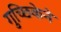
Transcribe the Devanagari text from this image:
गुच्छिकेने